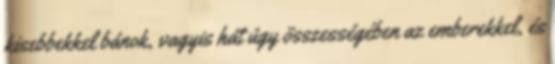
kisebbekkel bánok, vagyis hát úgy összességében az emberekkel, és